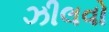
ઝીલવો